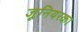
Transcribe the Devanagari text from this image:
जूनियरका